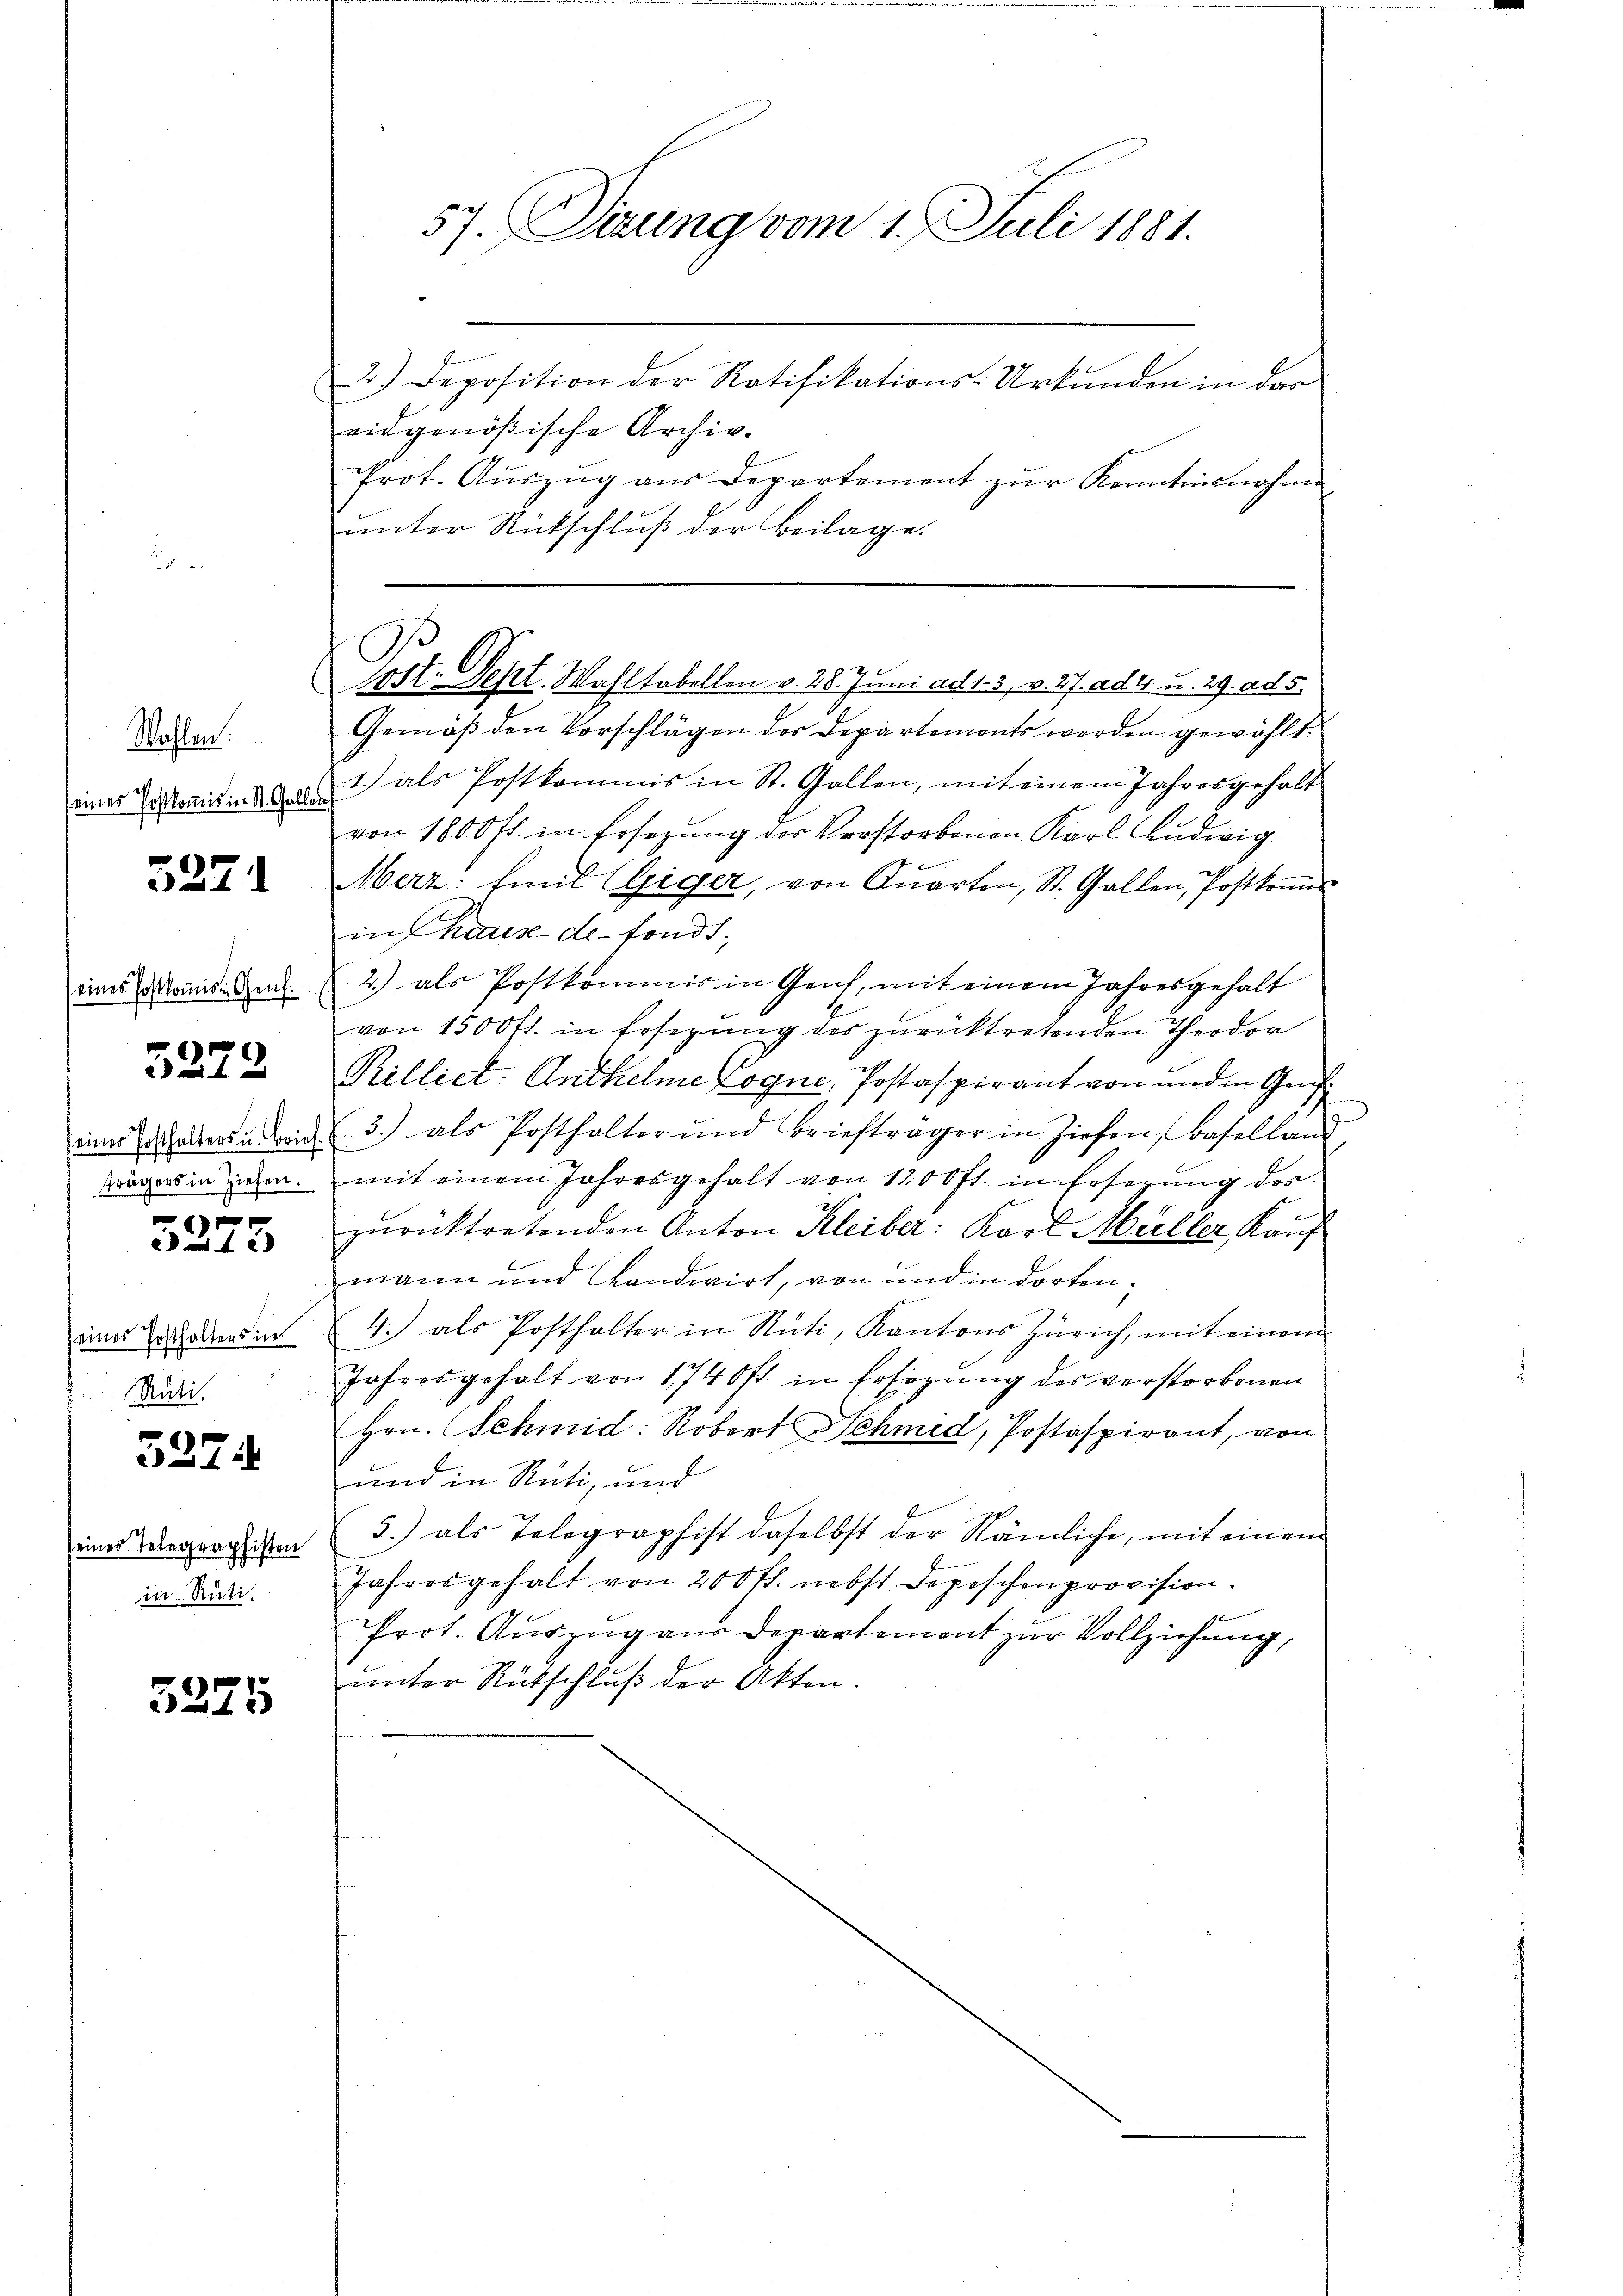
Wahlen.
seines Postkomis in St. Gallen

5271

(eines Postkomis. Genf.

3272

e

24 x

seines Posthalters in
Rüti.

5274

seines Telegraphisten
in Rüti.

5225

57. Sizung vom 1. Juli 1881.

2.) Deposition der Ratifikations-Urkŭnden in dar
eidgenößische Archiv.
Prot. Aŭszŭg aŭs Departement zŭr Kenntnisnahme
unter Rückschluß der Beilage.
Gemäß den Vorschlägen des Departements werden gewählt.
1.) als Postkommis in St. Gallen, mit einem Jahresgehalt
von 1800 fl. in Ersezung der Verstorbenen Karl Ludwig
Merz: fmt (Giger, von Qŭarten, St. Gallen, Postkoṁis
in haux-de-Fonds.
2.) als Postkommis in Genf, mit einem Jahresgehalt
von 1500 fl. in Ersegŭng des zŭrücktretenden Theodor
Rilliet: Anthelme Cogne, Postaspirant von und in Genfeine halter den 3. als Posthalter und Briefträger in Ziehen, Baselland,
ägers in einen. mit einem Jahresgehalt von 1200 fl. in Ersezung der
ich
zŭrücktretenden Anton Kleiber: Karl Müller, Kauf
mann und Landwirt, von und in dorten¬
4.) als Posthalter in Rüti, Kantons Zürich, mit einem
Jahresgehalt von 1740fr. in Ersezung des verstorbenen
Hrn. Schmid: Robert Schmid, Postaspirant, von
und in Rüti, und
3.) als Telegraphist daselbst der Nämliche, mit einem
Jahresgehalt von 200 fl. nebst Depeschenprovision.
Prot. Auszug aus Departement zur Vollziehung,
unter Rütschluß der Akten.

Post. Sept. Wahltobellen v. 28. Juni ad 13. v. 27. ad 4 u. 29. ad 5.